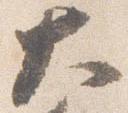
大